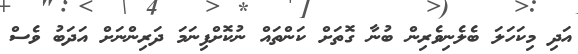
އަދި މިކަހަލަ ބެލެނިވެރިން ބުނާ ގޮތަށް ކަންތައް ނުކޮށްފިނަމަ ދަރިންނަށް އަދަބު ވެސް